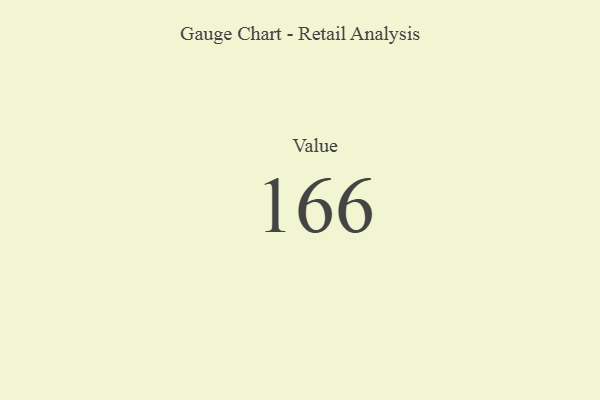
{"axis": {"x": "Metric", "y": "Value"}, "legend": [""], "data": [{"x": "Value", "y": 166, "type": ""}]}